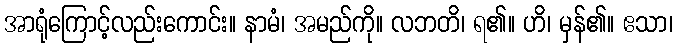
အာရုံကြောင့်လည်းကောင်း။ နာမံ၊ အမည်ကို။ လဘတိ၊ ရ၏။ ဟိ၊ မှန်၏။ ဧသာ၊